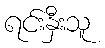
ရင်းနှီးသူ